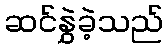
ဆင်နွှဲခဲ့သည်